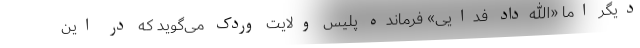
دیگر اما «الله‌داد فدایی» فرمانده پلیس ولایت وردک می‌گوید که در این